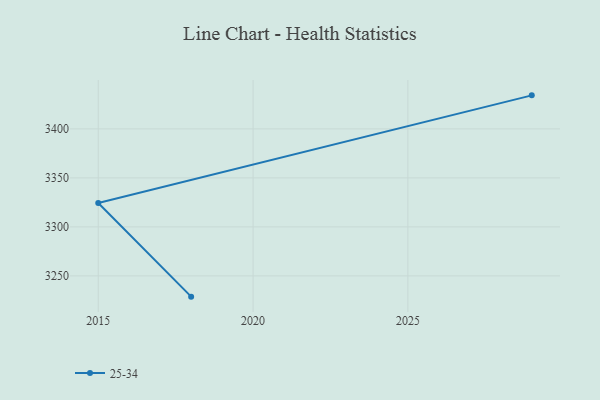
{"axis": {"x": "Year", "y": "Active Users"}, "legend": ["25-34"], "data": [{"x": "2018", "y": 3228.8, "type": "25-34"}, {"x": "2015", "y": 3324.3, "type": "25-34"}, {"x": "2029", "y": 3434.2, "type": "25-34"}]}